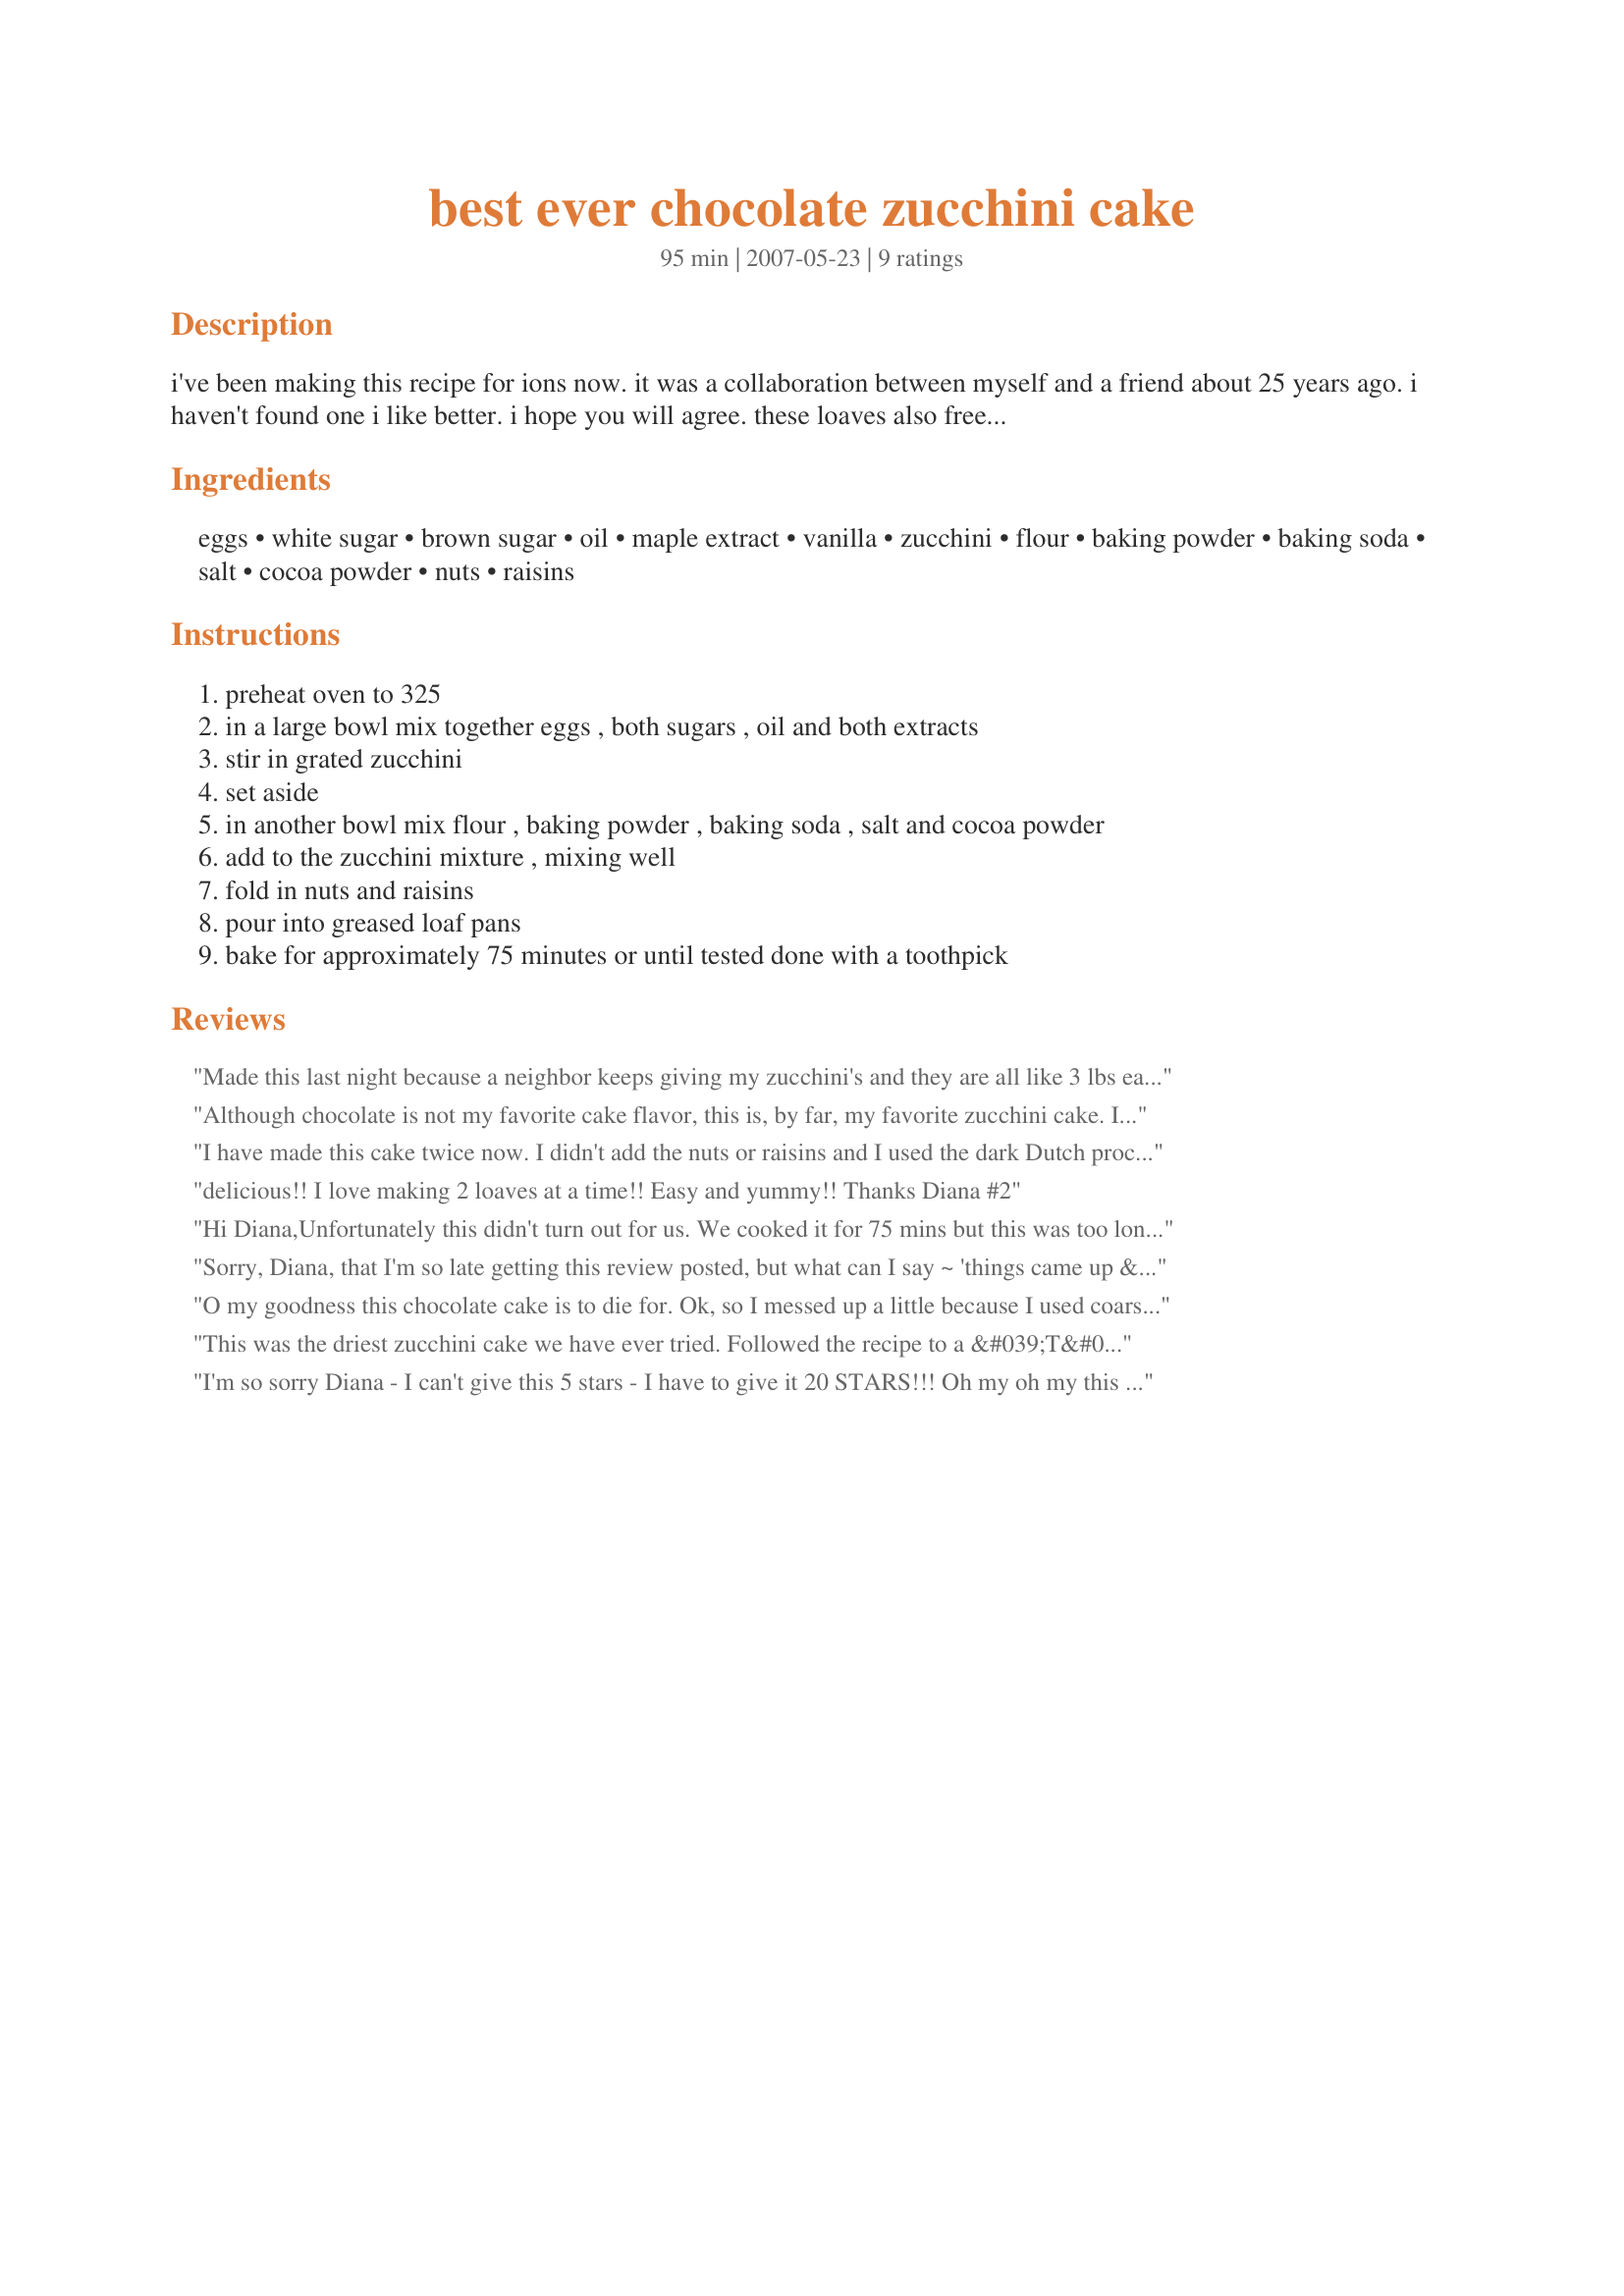
best ever chocolate zucchini cake
Preparation time: 95 minutes

i've been making this recipe for ions now. it was a collaboration between myself and a friend about 25 years ago. i haven't found one i like better. i hope you will agree. these loaves also freeze very well. note: you could try using applesauce for some or all of the oil in order to reduce the fat content. however....i haven't tried it myself.

Ingredients:
eggs, white sugar, brown sugar, oil, maple extract, vanilla, zucchini, flour, baking powder, baking soda, salt, cocoa powder, nuts, raisins

Steps:
preheat oven to 325, in a large bowl mix together eggs , both sugars , oil and both extracts, stir in grated zucchini, set aside, in another bowl mix flour , baking powder , baking soda , salt and cocoa powder, add to the zucchini mixture , mixing well, fold in nuts and raisins, pour into greased loaf pans, bake for approximately 75 minutes or until tested done with a toothpick

Reviews:
Made this last night because a neighbor keeps giving my zucchini's and they are all like 3 lbs each so I have been making everything I can but I never make a cake so I thought I'd give it a try.<br/>The only changes I made were with the cocoa which I used Dark cocoa and I didn't have maple extract so I used Almond as well as Almond nuts. I did sprinkle some powder sugar on top. It was very good, and my husband liked it so much I had to stop him for eating the entire thing. Thanks for sharing!
Although chocolate is not my favorite cake flavor, this is, by far, my favorite zucchini cake. It is incredibly moist and delicious. I did not change a thing in the recipe. It is perfect, and all my family raves about it.
I have made this cake twice now. I didn't add the nuts or raisins and I used the dark Dutch processed cocoa. Very good taste and texture and not too sweet. I brought some to work and everyone loved it. Even those who wont eat zucchini tried it and loved it too.
delicious!! I love making 2 loaves at a time!!
Easy and yummy!!
Thanks Diana #2
Hi Diana,<br/>Unfortunately this didn't turn out for us. We cooked it for 75 mins but this was too long. We have a NEF oven which is true to the correct temp. (AU 165 C) If you have a good oven it will only take 65 mins. Our cake was crusty on the outside. Nice but too dry.<br/>Cheers<br/>Ted
Sorry, Diana, that I'm so late getting this review posted, but what can I say ~ 'things came up & I was out of Zaar for a while!' Anyway, this cake recipe is OUTSTANDING! Have been snooping around for a good zucchini cake recipe, & I believe that this is it! Of course, I'm partial to anything chocolate, too, so.... Thanks so much for posting! Really great!
O my goodness this chocolate cake is to die for. Ok, so I messed up a little because I used coarse salt instead of fine, but it still has a great flavour. I replaced the raisins with chocolate chips and took away 1/4 cup of white sugar in favour of a bit more cocoa powder because I looooove chocolate. For my nuts I used a combination of hazelnuts, almonds, and coconut. Will definitely try again!
This was the driest zucchini cake we have ever tried. Followed the recipe to a &#039;T&#039;.... not like all these others that added this and added that and then give it a 5 star. Why do they do that? Its not the same recipe!
I'm so sorry Diana - I can't give this 5 stars - I have to give it 20 STARS!!! Oh my oh my this is a fabulous recipe!! I had a huge zucchini and it made the 2 cups needed easily. This is so moist, so full of flavor and the kids had no idea there was zucchini in it. The only downfall is it only makes 2 loaves - we definitely needed 4 the way they were gobbling it up each day. I loved that I could pack a nice slice in their lunches and it was not crumbs at lunchtime but still a nice slice. I did skip out on the raisins (kids just don't like them) and next time (very soon!) I'm going to add some chocolate chunks in place of the raisins. Absolutely the BEST chocolate zucchini loaf I've ever made. Thanks so much for sharing!!
